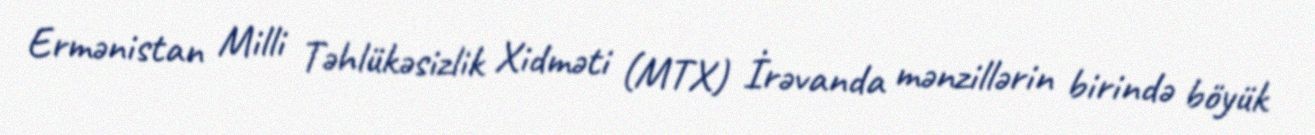
Ermənistan Milli Təhlükəsizlik Xidməti (MTX) İrəvanda mənzillərin birində böyük